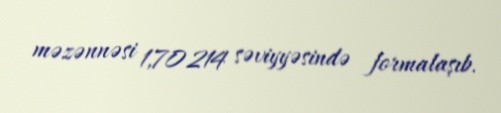
məzənnəsi 1,70214 səviyyəsində formalaşıb.